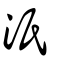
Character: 汦